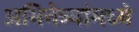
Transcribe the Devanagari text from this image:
अभिनेत्र्यांमध्ये